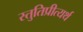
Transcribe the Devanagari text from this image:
स्तुतिप्रीत्यर्थ